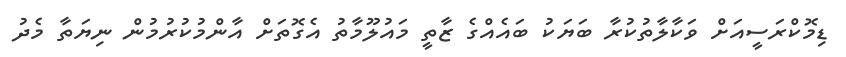
ޑިމޮކްރަސީއަށް ވަކާލާތުކުރާ ބަޔަކު ބައެއްގެ ޒާތީ މައުލޫމާތު އެގޮތަށް އާންމުކުރުމުން ނިޔަތާ މެދު